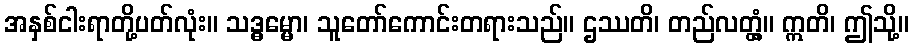
အနှစ်ငါးရာတို့ပတ်လုံး။ သဒ္ဓမ္မော၊ သူတော်ကောင်းတရားသည်။ ဌဿတိ၊ တည်လတ္တံ့။ ဣတိ၊ ဤသို့။